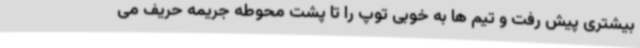
بیشتری پیش رفت و تیم ها به خوبی توپ را تا پشت محوطه جریمه حریف می